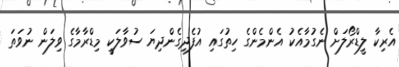
އެރިކާ ލީޑްރޯލަށް ނެގުމާއެކު އެންމެންގެ ހިތުގައި އުފެދިގެންދިޔަ ސުވާލަކީ މިޑްރާމާގެ ވިލަން ނުވަތަ